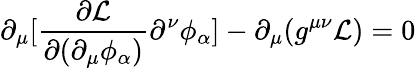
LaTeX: \partial_{\mu}[{\frac{\partial{\mathcal{L}}}{\partial(\partial_{\mu}\phi_{\alpha})}}\partial^{\nu}\phi_{\alpha}]-\partial_{\mu}(g^{\mu\nu}{\mathcal{L}})=0